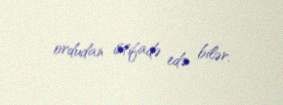
ordudan istifadə edə bilər.